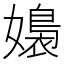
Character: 嬝